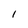
Character: 1